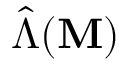
\hat { \boldsymbol { \Lambda } } ( \mathbf { M } )